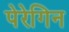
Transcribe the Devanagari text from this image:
पेरेगिन